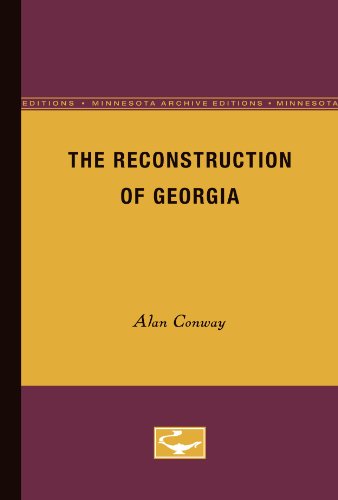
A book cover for The Reconstruction of Georgia; Alan Conway; History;